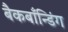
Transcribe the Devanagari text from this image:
बैकबाँन्डिंग